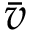
\bar { v }